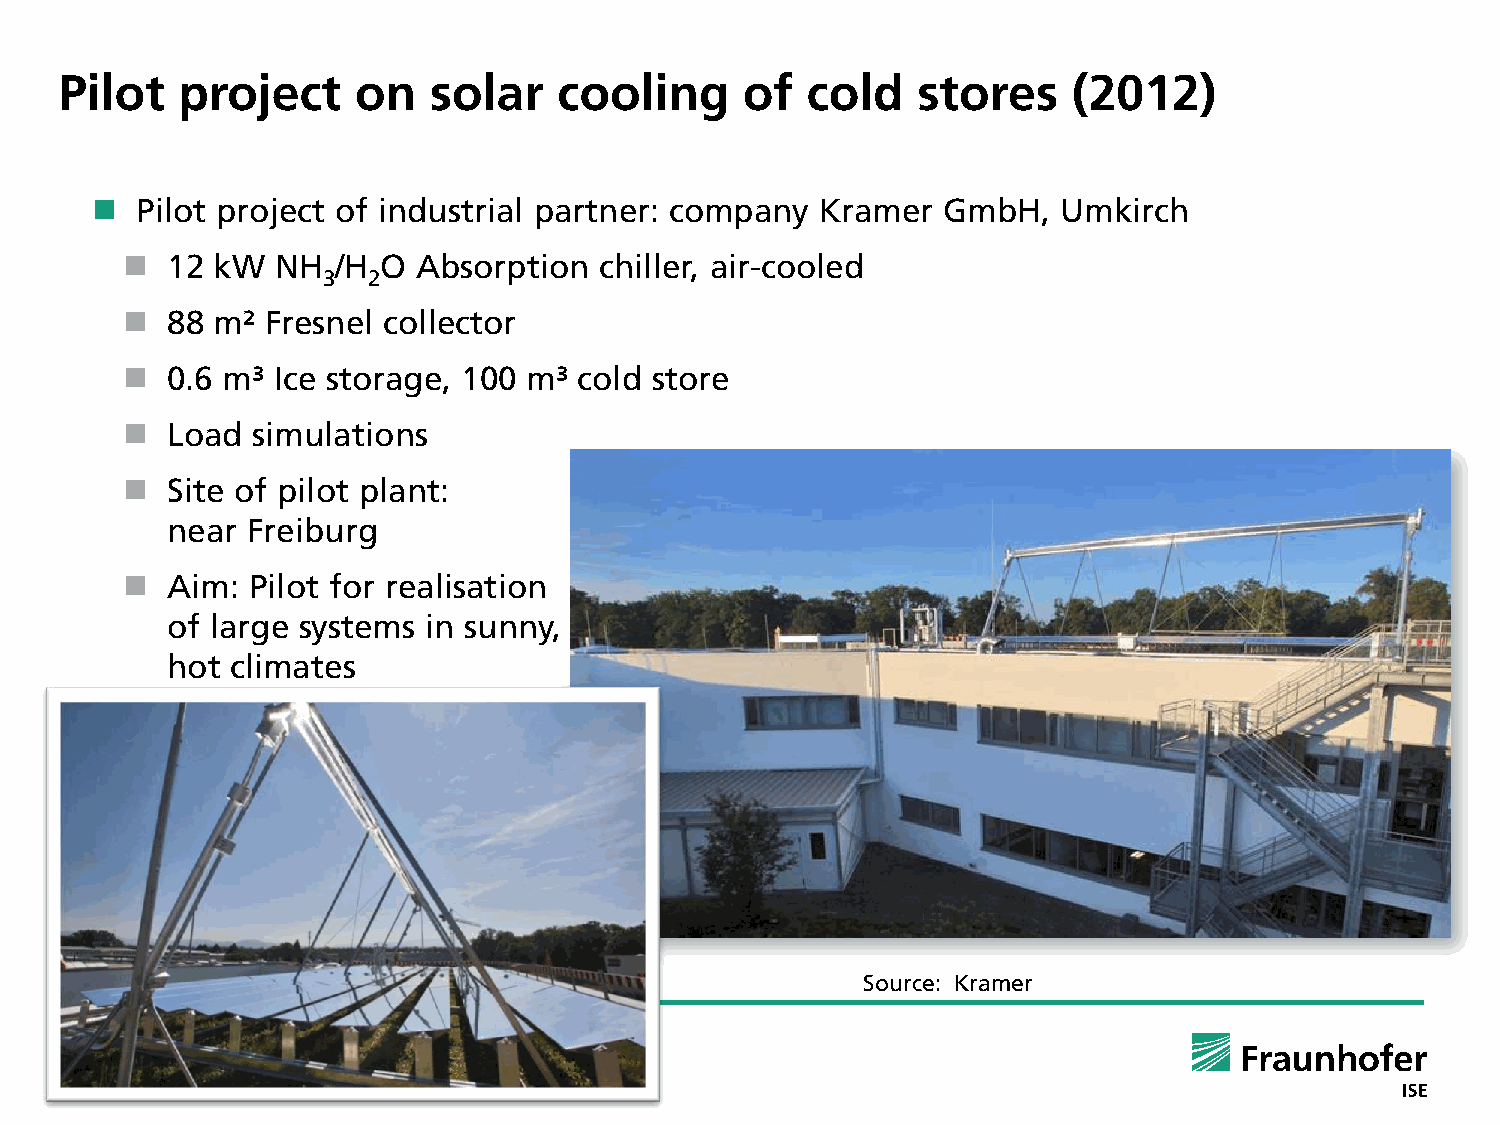
Pilot   project     on  solar    cooling     of  cold    stores    (2012)
   Pilot project of industrial partner: company Kramer  GmbH,   Umkirch
   12 kW  NH  /H O  Absorption  chiller, air-cooled
 3  2
   88 m²  Fresnel collector
   0.6 m³ Ice storage, 100 m³ cold store
   Load  simulations
   Site of pilot plant:
 near Freiburg
   Aim: Pilot for realisation
 of large systems in sunny,
 hot climates
 Source: Kramer
 © Fraunhofer ISE